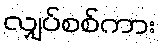
လျှပ်စစ်ကား